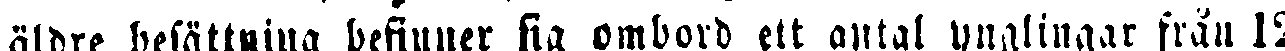
äldre besättning befinner sig ombord ett antal ynglingar från 12